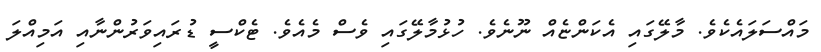
މައްސަލައެކެވެ. މާލޭގައި އެކަންޏެއް ނޫނެވެ. ހުޅުމާލޭގައި ވެސް މެއެވެ. ޓެކްސީ ޑުރައިވަރުންނާއި އަމިއްލަ